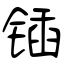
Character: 锸